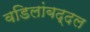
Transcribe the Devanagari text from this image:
वडिलांबद्दल